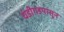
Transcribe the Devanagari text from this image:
चंडीगडपासून